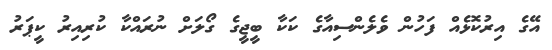
އޭގެ އިރުކޮޅެއް ފަހުން ވެލެންސިއާގެ ކަކާ ބީޖީގެ ގޯލަށް ނުރައްކާ ކުރިއިރު ކީޕަރު